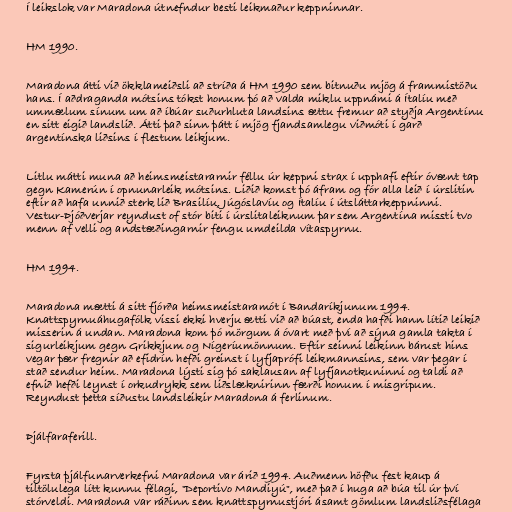
Í leikslok var Maradona útnefndur besti leikmaður keppninnar.

HM 1990.

Maradona átti við ökklameiðsli að stríða á HM 1990 sem bitnuðu mjög á frammistöðu
hans. Í aðdraganda mótsins tókst honum þó að valda miklu uppnámi á Ítalíu með
ummælum sínum um að íbúar suðurhluta landsins ættu fremur að styðja Argentínu
en sitt eigið landslið. Átti það sinn þátt í mjög fjandsamlegu viðmóti í garð
argentínska liðsins í flestum leikjum.

Litlu mátti muna að heimsmeistararnir féllu úr keppni strax í upphafi eftir óvænt tap
gegn Kamerún í opnunarleik mótsins. Liðið komst þó áfram og fór alla leið í úrslitin
eftir að hafa unnið sterk lið Brasilíu, Júgóslavíu og Ítalíu í útsláttarkeppninni.
Vestur-Þjóðverjar reyndust of stór biti í úrslitaleiknum þar sem Argentína missti tvo
menn af velli og andstæðingarnir fengu umdeilda vítaspyrnu.

HM 1994.

Maradona mætti á sitt fjórða heimsmeistaramót í Bandaríkjunum 1994.
Knattspyrnuáhugafólk vissi ekki hverju ætti við að búast, enda hafði hann lítið leikið
misserin á undan. Maradona kom þó mörgum á óvart með því að sýna gamla takta í
sigurleikjum gegn Grikkjum og Nígeríumönnum. Eftir seinni leikinn bárust hins
vegar þær fregnir að efidrín hefði greinst í lyfjaprófi leikmannsins, sem var þegar í
stað sendur heim. Maradona lýsti sig þó saklausan af lyfjanotkuninni og taldi að
efnið hefði leynst í orkudrykk sem liðslæknirinn færði honum í misgripum.
Reyndust þetta síðustu landsleikir Maradona á ferlinum.

Þjálfaraferill.

Fyrsta þjálfunarverkefni Maradona var árið 1994. Auðmenn höfðu fest kaup á
tiltölulega lítt kunnu félagi, "Deportivo Mandiyú", með það í huga að búa til úr því
stórveldi. Maradona var ráðinn sem knattspyrnustjóri ásamt gömlum landsliðsfélaga